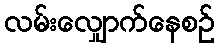
လမ်းလျှောက်နေစဉ်